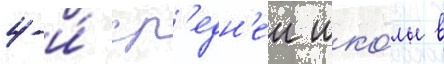
4-и́ ср'едн'еи шко́лы в